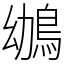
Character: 鴢